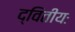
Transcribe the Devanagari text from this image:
द्वितीयः